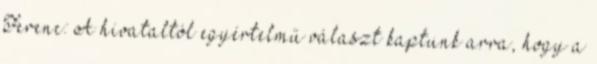
Ferenc: A hivataltól egyértelmű választ kaptunk arra, hogy a